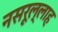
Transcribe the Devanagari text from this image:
नसरूल्लाह